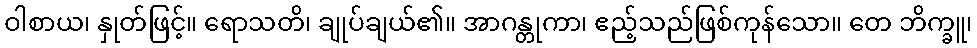
ဝါစာယ၊ နှုတ်ဖြင့်။ ရောသတိ၊ ချုပ်ချယ်၏။ အာဂန္တုကာ၊ ဧည့်သည်ဖြစ်ကုန်သော။ တေ ဘိက္ခူ၊